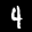
Label: 4